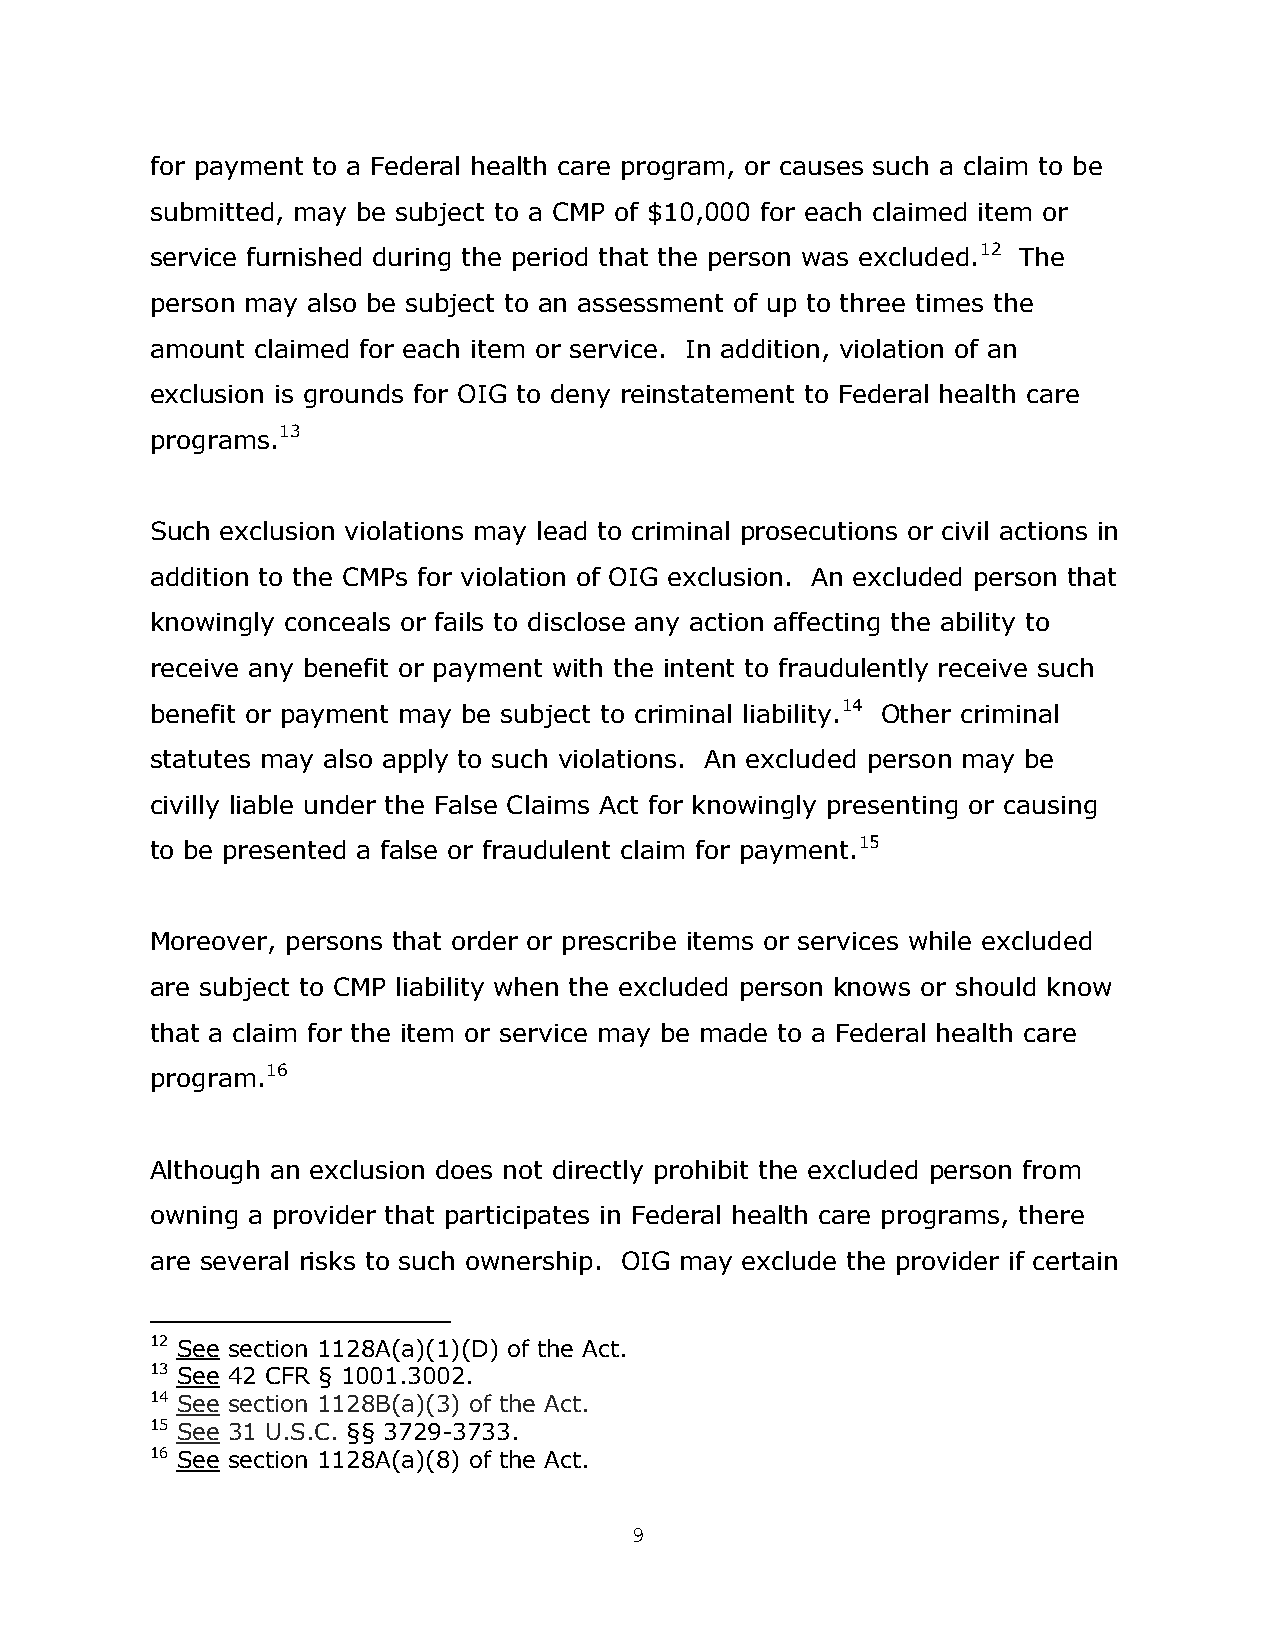
for payment to a Federal health care program, or causes such a claim to be
 submitted, may be subject to a CMP of $10,000 for each claimed item or
 service furnished during the period that the person was excluded.12 The
 person may also be subject to an assessment of up to three times the
 amount claimed for each item or service. In addition, violation of an
 exclusion is grounds for OIG to deny reinstatement to Federal health care
 programs.13
 Such exclusion violations may lead to criminal prosecutions or civil actions in
 addition to the CMPs for violation of OIG exclusion. An excluded person that
 knowingly conceals or fails to disclose any action affecting the ability to
 receive any benefit or payment with the intent to fraudulently receive such
 benefit or payment may be subject to criminal liability.14 Other criminal
 statutes may also apply to such violations. An excluded person may be
 civilly liable under the False Claims Act for knowingly presenting or causing
 to be presented a false or fraudulent claim for payment.15
 Moreover, persons that order or prescribe items or services while excluded
 are subject to CMP liability when the excluded person knows or should know
 that a claim for the item or service may be made to a Federal health care
 program.16
 Although an exclusion does not directly prohibit the excluded person from
 owning a provider that participates in Federal health care programs, there
 are several risks to such ownership. OIG may exclude the provider if certain
 12 See section 1128A(a)(1)(D) of the Act.
 13 See 42 CFR § 1001.3002.
 14 See section 1128B(a)(3) of the Act.
 15 See 31 U.S.C. §§ 3729-3733.
 16 See section 1128A(a)(8) of the Act.
 9